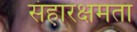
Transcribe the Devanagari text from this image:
संहारक्षमता